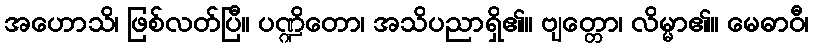
အဟောသိ၊ ဖြစ်လတ်ပြီ။ ပဏ္ဍိတော၊ အသိပညာရှိ၏။ ဗျတ္တော၊ လိမ္မာ၏။ မေဓာဝီ၊